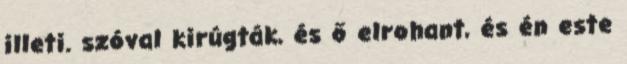
illeti. szóval kirúgták, és ő elrohant, és én este